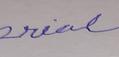
Signature authenticity: forged